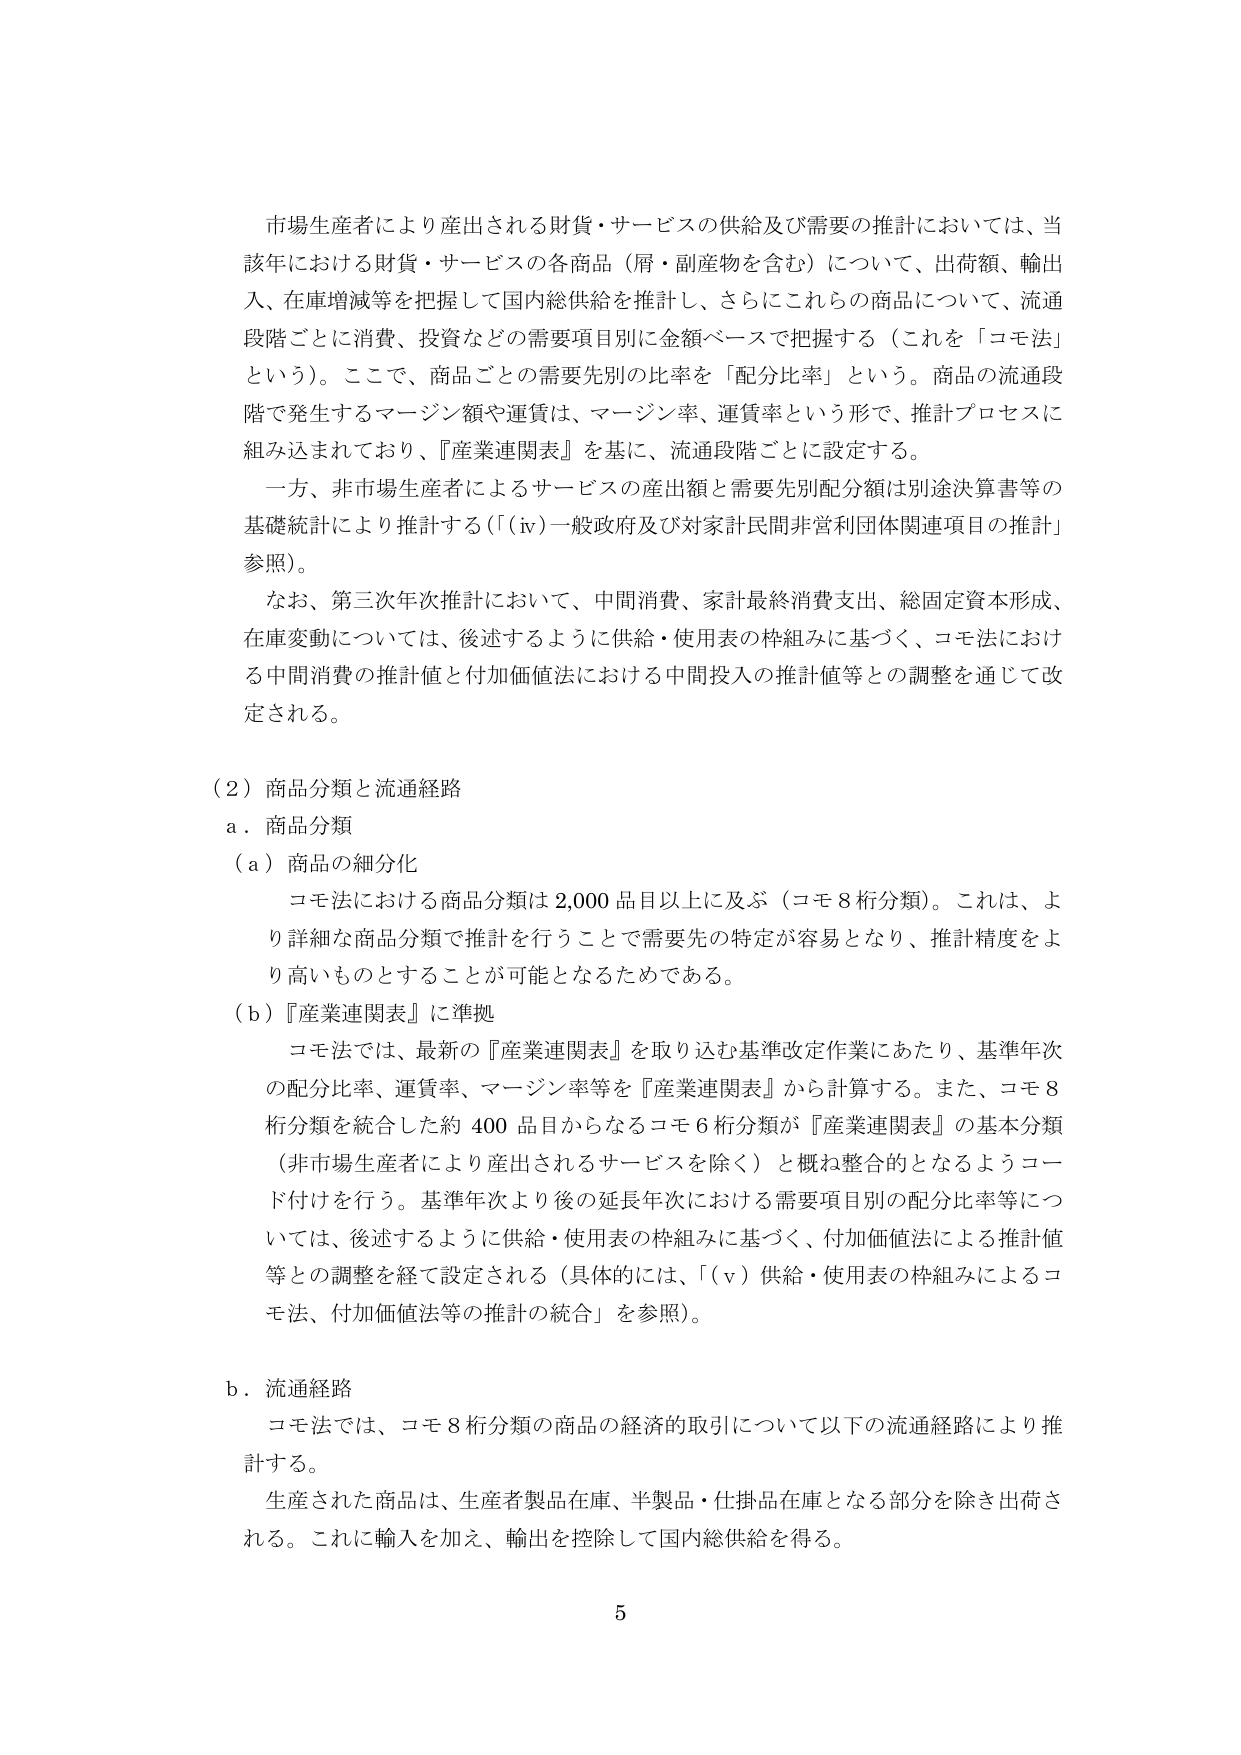
市場生産者により産出される財貨・サービスの供給及び需要の推計においては、当該年における財貨・サービスの各商品（屑・副産物を含む）について、出荷額、輸出入、在庫増減等を把握して国内総供給を推計し、さらにこれらの商品について、流通段階ごとに消費、投資などの需要項目別に金額ベースで把握する（これを「コモ法」という）。ここで、商品ごとの需要先別の比率を「配分比率」という。商品の流通段階で発生するマージン額や運賃は、マージン率、運賃率という形で、推計プロセスに組み込まれており、『産業連関表』を基に、流通段階ごとに設定する。

一方、非市場生産者によるサービスの産出額と需要先別配分額は別途決算書等の基礎統計により推計する（「(iv)一般政府及び対家計民間非営利団体関連項目の推計」参照）。

なお、第三次年次推計において、中間消費、家計最終消費支出、総固定資本形成、在庫変動については、後述するように供給・使用表の枠組みに基づく、コモ法における中間消費の推計値と付加価値法における中間投入の推計値等との調整を通じて改定される。

（2）商品分類と流通経路
a．商品分類
（a）商品の細分化
コモ法における商品分類は2,000品目以上に及ぶ（コモ8桁分類）。これは、より詳細な商品分類で推計を行うことで需要先の特定が容易となり、推計精度をより高いものとすることが可能となるためである。
（b）『産業連関表』に準拠
コモ法では、最新の『産業連関表』を取り込む基準改定作業にあたり、基準年次の配分比率、運賃率、マージン率等を『産業連関表』から計算する。また、コモ8桁分類を統合した約400品目からなるコモ6桁分類が『産業連関表』の基本分類（非市場生産者により産出されるサービスを除く）と概ね整合的となるようコード付けを行う。基準年次より後の延長年次における需要項目別の配分比率等については、後述するように供給・使用表の枠組みに基づく、付加価値法による推計値等との調整を経て設定される（具体的には、「(v)供給・使用表の枠組みによるコモ法、付加価値法等の推計の統合」を参照）。

b．流通経路
コモ法では、コモ8桁分類の商品の経済的取引について以下の流通経路により推計する。
生産された商品は、生産者製品在庫、半製品・仕掛品在庫となる部分を除き出荷される。これに輸入を加え、輸出を控除して国内総供給を得る。

5